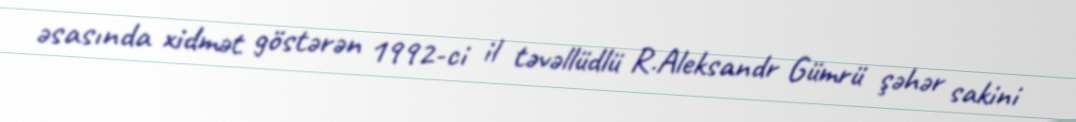
əsasında xidmət göstərən 1992-ci il təvəllüdlü R.Aleksandr Gümrü şəhər sakini